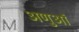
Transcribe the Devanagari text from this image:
अणुऑ